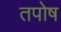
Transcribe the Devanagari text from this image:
तपोष